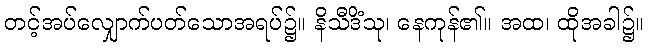
တင့်အပ်လျှောက်ပတ်သောအရပ်၌။ နိသီဒိံသု၊ နေကုန်၏။ အထ၊ ထိုအခါ၌။